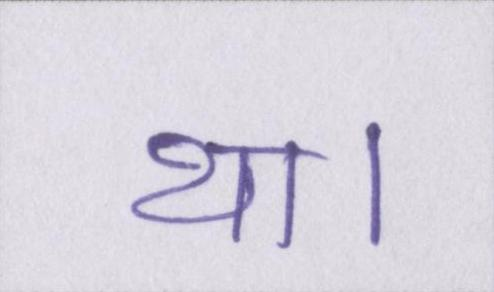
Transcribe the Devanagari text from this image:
था।